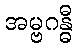
အမ္ဗဂန္ဓီ